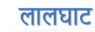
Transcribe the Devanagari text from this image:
लालघाट